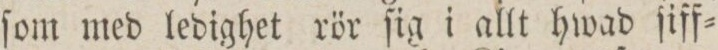
ſom med ledighet rör ſig i allt hwad ſiff=